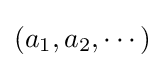
(a_{1},a_{2},\cdots )